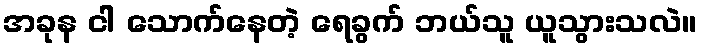
အခုန ငါ သောက်နေတဲ့ ရေခွက် ဘယ်သူ ယူသွားသလဲ။